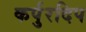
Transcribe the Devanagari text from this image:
कर्पुरदिप